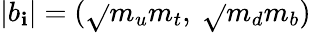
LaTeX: \left|b_{\mathbf{i}}\right|=(\sqrt{}{{m_{u}m_{t}}},\ \sqrt{}{{m_{d}m_{b}}})